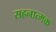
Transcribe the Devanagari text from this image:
सहनात्मक